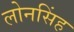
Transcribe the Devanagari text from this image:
लोनसिंह